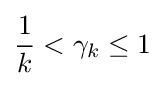
{\frac {1}{k}}<\gamma _{k}\leq 1